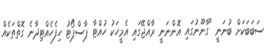
ސަބަބަކަށް ބުނަނީ "ގާނޫނުގައި އޮންނަނީ ރާއްޖޭގައި އެމީހަކު ހުއްޓާ ޕާސްޕޯޓު ހިފެހެއްޓިދާނެ ގޮތްތަކެއް